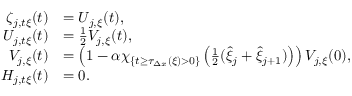
\begin{array} { r l } { \zeta _ { j , t \xi } ( t ) } & { = U _ { j , \xi } ( t ) , } \\ { U _ { j , t \xi } ( t ) } & { = \frac { 1 } { 2 } V _ { j , \xi } ( t ) , } \\ { V _ { j , \xi } ( t ) } & { = \left( 1 - \alpha \chi _ { \{ t \geq \tau _ { \Delta x } ( \xi ) > 0 \} } \left( \frac 1 2 ( \hat { \xi } _ { j } + \hat { \xi } _ { j + 1 } ) \right) \right) V _ { j , \xi } ( 0 ) , } \\ { H _ { j , t \xi } ( t ) } & { = 0 . } \end{array}